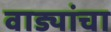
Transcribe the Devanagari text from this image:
वाड्यांचा